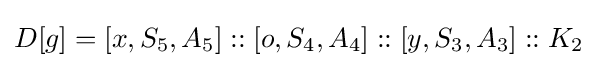
D[g]=[x,S_{5},A_{5}]::[o,S_{4},A_{4}]::[y,S_{3},A_{3}]::K_{2}